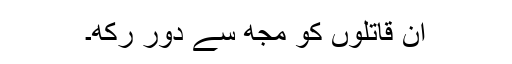
اُن قاتلوں کو مجھ سے دُور رکھ۔